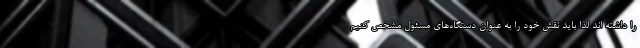
را داشته اند لذا باید نقش خود را به عنوان دستگاه‌های مسئول مشخص کنیم